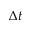
\Delta t